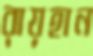
রায়হান